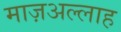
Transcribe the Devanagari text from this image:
माज़अल्लाह